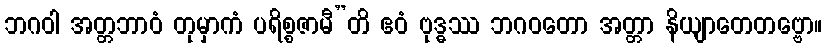
ဘဂဝါ အတ္တဘာဝံ တုမှာကံ ပရိစ္စဇာမီ”တိ ဧဝံ ဗုဒ္ဓဿ ဘဂဝတော အတ္တာ နိယျာတေတဗ္ဗော။